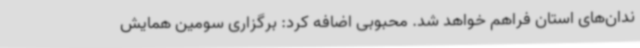
ندان‌های استان فراهم خواهد شد. محبوبی اضافه کرد: برگزاری سومین همایش